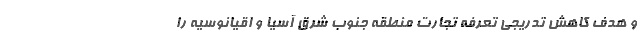
و هدف کاهش تدریجی تعرفه‌‌ تجارت منطقه جنوب شرق آسیا و اقیانوسیه را